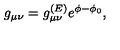
g _ { \mu \nu } = g _ { \mu \nu } ^ { ( E ) } e ^ { \phi - \phi _ { 0 } } ,